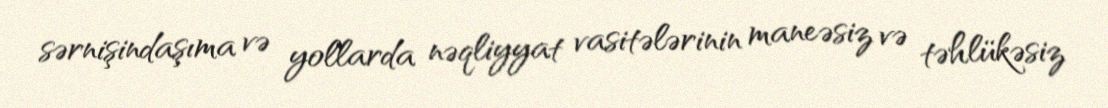
sərnişindaşıma və yollarda nəqliyyat vasitələrinin maneəsiz və təhlükəsiz